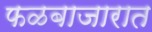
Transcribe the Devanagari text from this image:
फळबाजारात